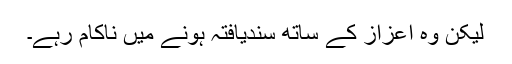
لیکن وہ اعزاز کے ساتھ سندیافتہ ہونے میں ناکام رہے۔